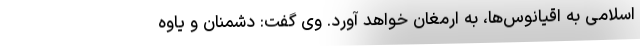
اسلامی به اقیانوس‌ها، به ارمغان خواهد آورد. وی گفت: دشمنان و یاوه